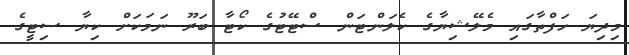
މިދިޔަ ހަފްތާގައި މެލޭޝިޔާގެ ކެލަންޓަން ސްޓޭޓުގެ ކޯޓާ ބަރޫ ނަމަކަށް ކިޔާ ސިޓީގެ